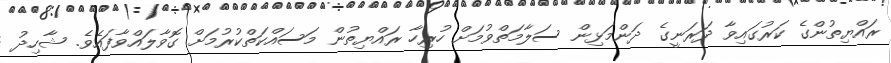
ރައްޔިތުންގެ ކަރުގައިވާ ދަރަނީގެ ދަންމަޅިން ސަލާމަތްވުމަށް ހުރިހާ ރައްޔިތުން މަސައްކަތްކުރުމަށް ގޮވާލައްވާފައެވެ. ޝާހިދު